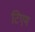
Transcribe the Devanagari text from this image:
टिएम